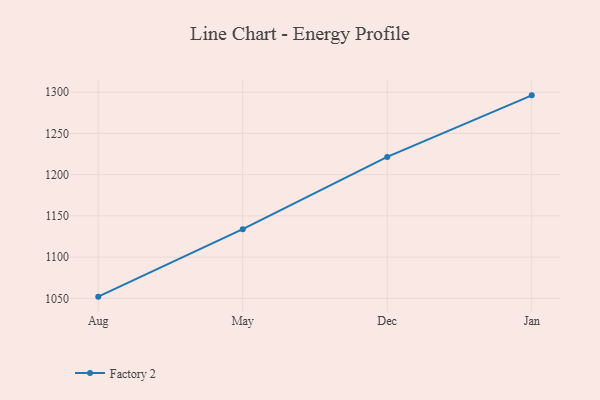
{"axis": {"x": "Month", "y": "Backlog"}, "legend": ["Factory 2"], "data": [{"x": "Aug", "y": 1052.0, "type": "Factory 2"}, {"x": "May", "y": 1133.9, "type": "Factory 2"}, {"x": "Dec", "y": 1221.5, "type": "Factory 2"}, {"x": "Jan", "y": 1296.2, "type": "Factory 2"}]}